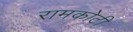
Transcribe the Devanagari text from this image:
रामकोटी